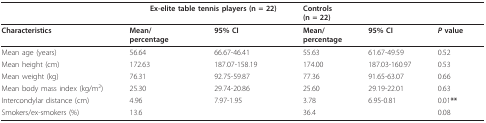
|  | <COLSPAN=2> Ex-elite table tennis players (n = 22) | <COLSPAN=2> Controls(n = 22) |  |
 | --- | --- | --- | --- | --- | --- |
 | Characteristics | Mean/percentage | 95% CI | Mean/percentage | 95% CI | P value |
 | Mean age (years) | 56.64 | 66.67-46.41 | 55.63 | 61.67-49.59 | 0.52 |
 | Mean height (cm) | 172.63 | 187.07-158.19 | 174.00 | 187.03-160.97 | 0.53 |
 | Mean weight (kg) | 76.31 | 92.75-59.87 | 77.36 | 91.65-63.07 | 0.66 |
 | Mean body mass index (kg/m2) | 25.30 | 29.74-20.86 | 25.60 | 29.19-22.01 | 0.63 |
 | Intercondylar distance (cm) | 4.96 | 7.97-1.95 | 3.78 | 6.95-0.81 | 0.01** |
 | Smokers/ex-smokers (%) | 13.6 |  | 36.4 |  | 0.08 |